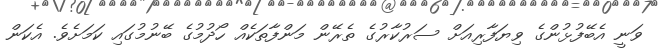
ވަނީ އެބޭފުޅުންގެ ވިޔަފާރިއަށް ސަރުކާރުގެ ތެރޭން މަންފާތަކެއް ހޯދުމުގެ ބޭނުމުގައި ކަމަށެވެ. އެކަން